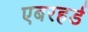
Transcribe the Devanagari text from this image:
एबरहर्ड